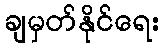
ချမှတ်နိုင်ရေး